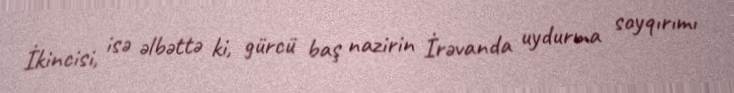
İkincisi, isə əlbəttə ki, gürcü baş nazirin İrəvanda uydurma soyqırımı